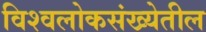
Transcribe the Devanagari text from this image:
विश्वलोकसंख्येतील